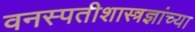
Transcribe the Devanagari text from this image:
वनस्पतीशास्त्रज्ञांच्या